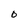
Character: O